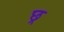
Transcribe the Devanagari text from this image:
छ्र